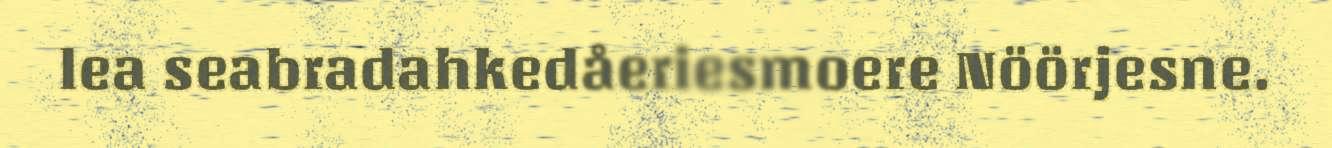
lea seabradahkedåeriesmoere Nöörjesne.